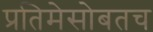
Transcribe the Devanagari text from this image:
प्रतिमेसोबतच